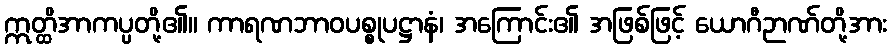
ဣတ္ထိအာကပ္ပတို့၏။ ကာရဏဘာဝပစ္စုပဋ္ဌာနံ၊ အကြောင်း၏ အဖြစ်ဖြင့် ယောဂီဉာဏ်တို့အား